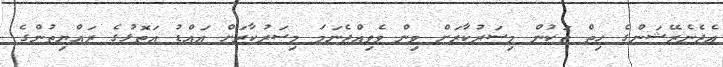
އެޖެނެރޭޝަންގެ ހިތް ތަކުން މިސަރުކާރަށް ވިން ވެވިއްޖެނަމަ މިސަރުކާރަށް އައްޑު އަތޮޅުގެ ރައްޔިތުންގެ